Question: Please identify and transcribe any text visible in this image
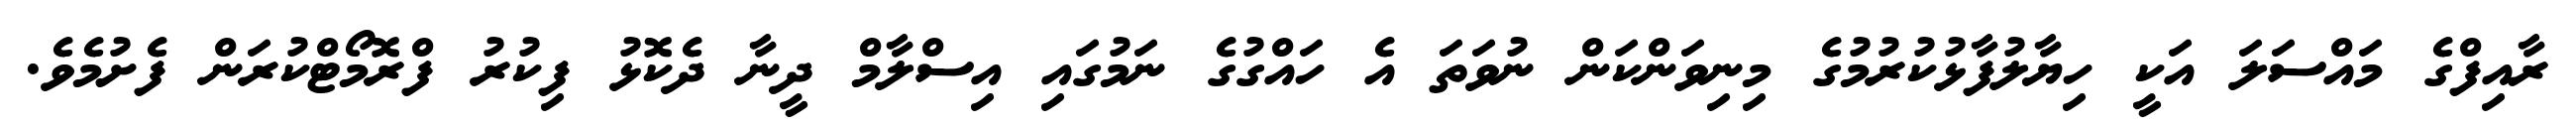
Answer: ރާއިފްގެ މައްސަލަ އަކީ ހިޔާލުފާޅުކުރުމުގެ މިނިވަންކަން ނުވަތަ އެ ހައްގުގެ ނަމުގައި އިސްލާމް ދީނާ ދެކޮޅު ފިކުރު ފްރޮމޯޓްކުރަން ފެށުމެވެ.